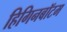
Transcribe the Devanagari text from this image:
हिगिनबॉटम